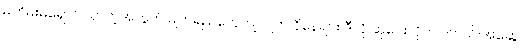
မတိမ်းမရှောင် သာတဲ့အတွက် မျက်ရည်တွေကျလျက် ငိုနေရင်း ဒီလို ဆုပေးလိုက်ပါတယ်။အဆွေ